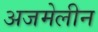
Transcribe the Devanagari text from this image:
अजमेलीन